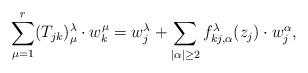
LaTeX: \begin{align*}\sum_{\mu=1}^r(T_{jk})^\lambda_\mu\cdot w_k^\mu = w_j^\lambda+\sum_{|\alpha|\geq 2}f_{kj, \alpha}^\lambda(z_j)\cdot w_j^\alpha, \end{align*}